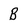
Character: B